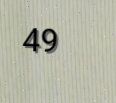
49